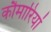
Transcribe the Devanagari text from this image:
कौमारियां